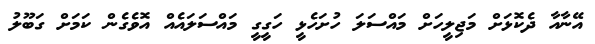
އޭނާއާ ދެކޮޅަށް މަޖިލީހަށް މައްސަލަ ހުށަހެޅީ ހަގީގީ މައްސަލައެއް އޮވެގެން ކަމަށް ގަބޫލު